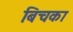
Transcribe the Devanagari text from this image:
बिचका